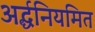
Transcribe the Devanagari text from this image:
अर्द्धनियमित